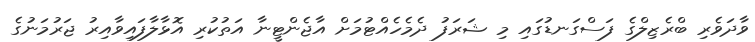
ވާދަވެރި ބްރެޒިލްގެ ފަސްގަނޑުގައި މި ޝަރަފު ދެމެހެއްޓުމަށް އާޖެންޓީނާ އަތުކުރި އޮޅާލާފައިވާއިރު ޖަރުމަނުގެ